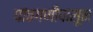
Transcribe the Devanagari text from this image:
पांचगणीपासून